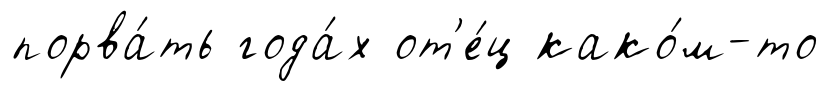
порва́ть года́х от'е́ц како́м-то